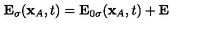
{ \bf E } _ { \sigma } ( { \bf x } _ { A } , t ) = { \bf E } _ { 0 \sigma } ( { \bf x } _ { A } , t ) + { \bf E }